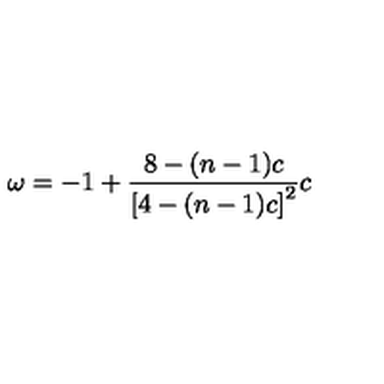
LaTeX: \omega = - 1 + \frac { 8 - ( n - 1 ) c } { \left[ 4 - ( n - 1 ) c \right] ^ { 2 } } c